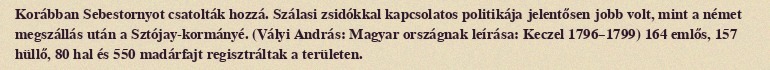
Korábban Sebestornyot csatolták hozzá. Szálasi zsidókkal kapcsolatos politikája jelentősen jobb volt, mint a német megszállás után a Sztójay-kormányé. (Vályi András: Magyar országnak leírása: Keczel 1796–1799) 164 emlős, 157 hüllő, 80 hal és 550 madárfajt regisztráltak a területen.